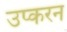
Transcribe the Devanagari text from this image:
उप्करन